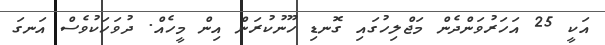
އަކީ 25 އަހަރުވަންދެން މަޖްލިހުގައި ގޮނޑި ހޫނުކުރަން އިން މީހެއް. ދުވަހަކުވެސް އަނގަ